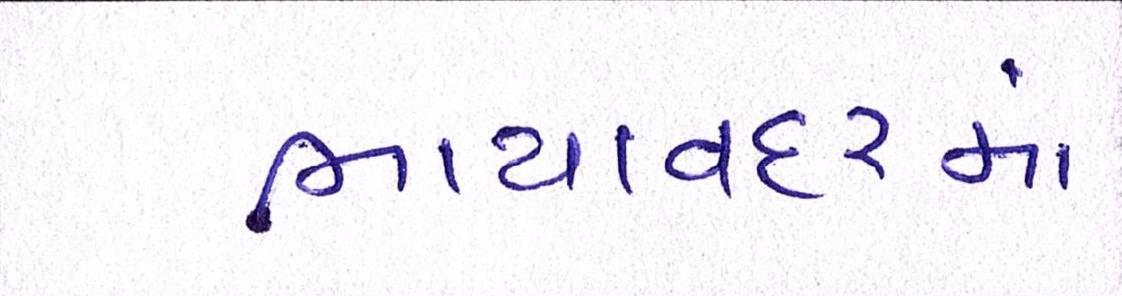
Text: ભાયાવદરમાં